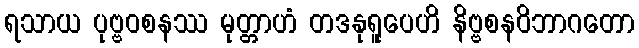
ရသာယ ပုဗ္ဗဝစနဿ မုတ္တာဟံ တဒနုရူပေဟိ နိဗ္ဗစနဝိဘာဂတော